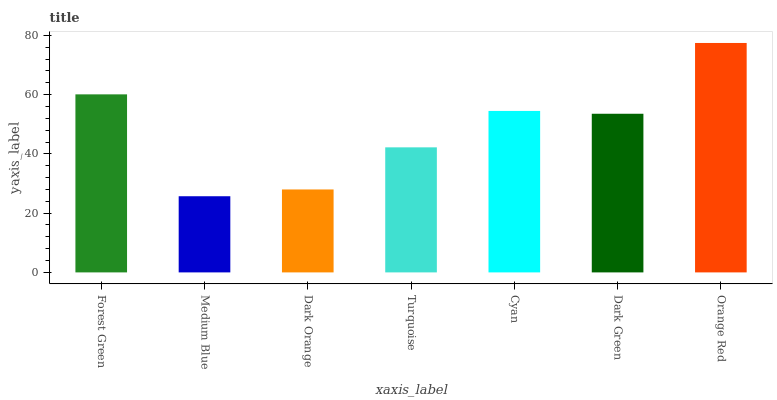
| xaxis_label | bars |
 | --- | --- |
 | Forest Green | 60.1 |
 | Medium Blue | 25.7 |
 | Dark Orange | 28 |
 | Turquoise | 42.2 |
 | Cyan | 54.5 |
 | Dark Green | 53.5 |
 | Orange Red | 77.4 |